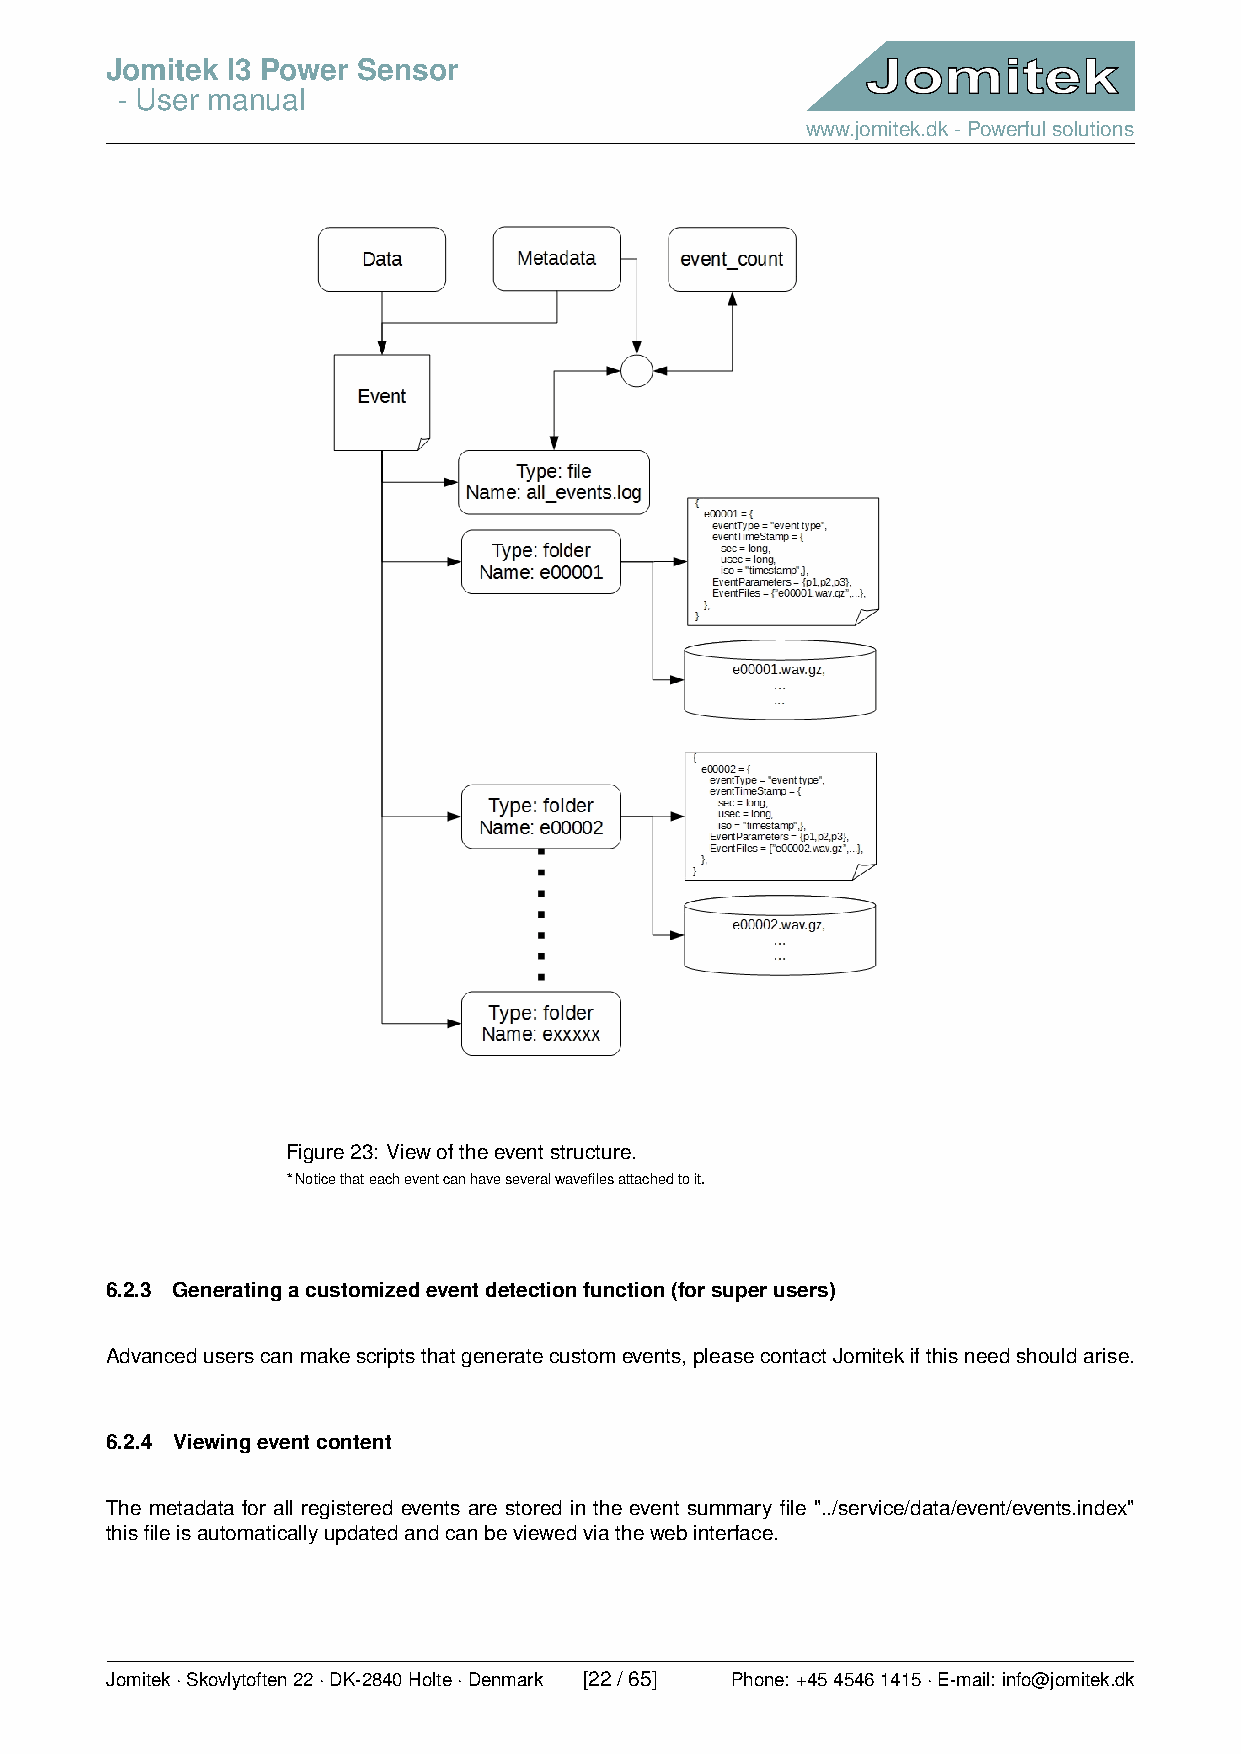
Jomitek I3 Power Sensor
 - User manual
 www.jomitek.dk-Powerfulsolutions
 Figure23: Viewoftheeventstructure.
 ∗Noticethateacheventcanhaveseveralwavefilesattachedtoit.
 6.2.3 Generatingacustomizedeventdetectionfunction(forsuperusers)
 Advanceduserscanmakescriptsthatgeneratecustomevents,pleasecontactJomitekifthisneedshouldarise.
 6.2.4 Viewingeventcontent
 The metadata for all registered events are stored in the event summary file "../service/data/event/events.index"
 thisfileisautomaticallyupdatedandcanbeviewedviathewebinterface.
 Jomitek·Skovlytoften22·DK-2840Holte·Denmark [22/65] Phone: +4545461415·E-mail: info@jomitek.dk